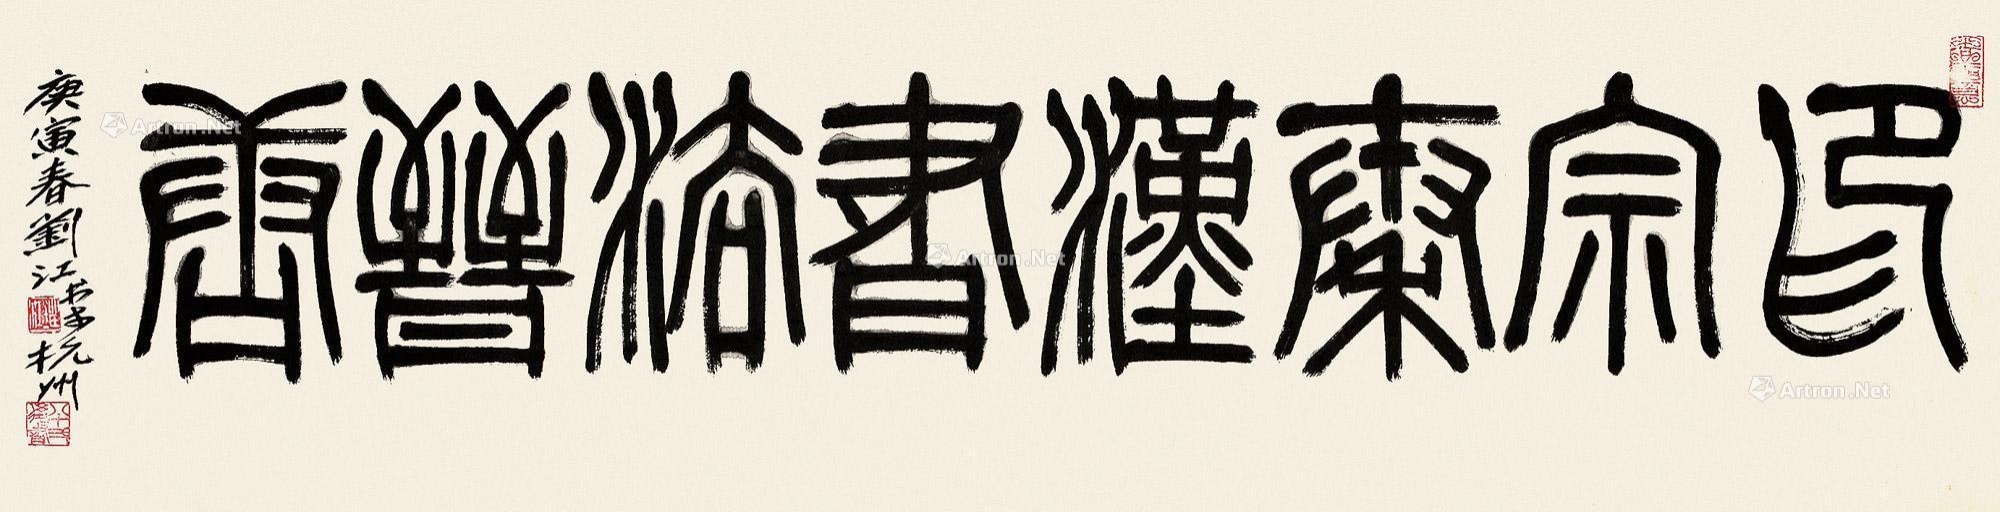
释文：印宗秦汉书法晋唐。庚寅春，刘江书于杭州。